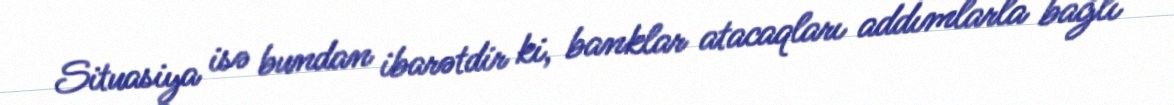
Situasiya isə bundan ibarətdir ki, banklar atacaqları addımlarla bağlı